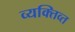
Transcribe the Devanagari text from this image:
व्यक्तिव्त